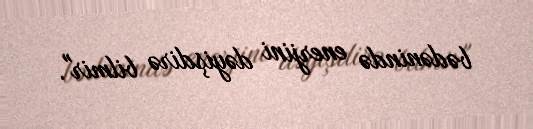
bədənində enerjini dəyişdirə bilmir".